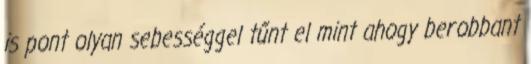
is pont olyan sebességgel tűnt el mint ahogy berobbant